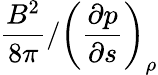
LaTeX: \frac{B^{2}}{8\pi}/\left(\frac{\partial p}{\partial s}\right)_{\rho}